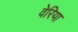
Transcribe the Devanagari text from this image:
वेरिया